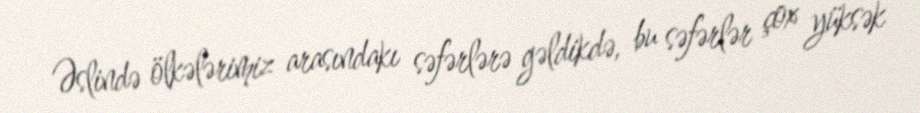
Əslində ölkələrimiz arasındakı səfərlərə gəldikdə, bu səfərlər çox yüksək